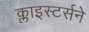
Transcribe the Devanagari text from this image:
क्लाइस्टर्सने